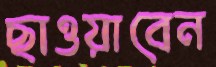
ছাওয়াবেন